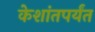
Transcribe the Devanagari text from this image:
केशांतपर्यंत